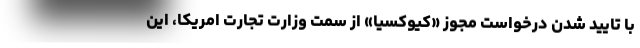
با تایید شدن درخواست مجوز «کیوکسیا» از سمت وزارت تجارت امریکا، این